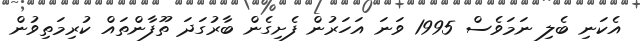
އެކަނި ބެލި ނަމަވެސް 1995 ވަނަ އަހަރުން ފެށިގެން ބާރުގަދަ ތޫފާންތައް ކުރިމަތިވުން